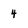
Character: 4